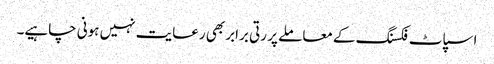
اسپاٹ فکسنگ کے معاملے پر رتی برابر بھی رعایت نہیں ہونی چاہیے۔